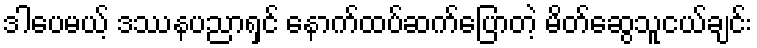
ဒါပေမယ့် ဒဿနပညာရှင် နောက်ထပ်ဆက်ပြောတဲ့ မိတ်ဆွေသူငယ်ချင်း